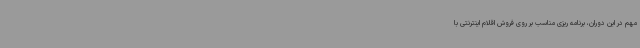
مهم در این دوران، برنامه ریزی مناسب بر روی فروش اقلام اینترنتی با